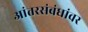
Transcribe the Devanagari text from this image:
आंतरसंबंधांवर